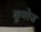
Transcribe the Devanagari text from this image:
कूपरेज